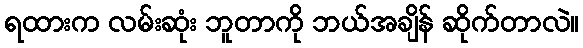
ရထားက လမ်းဆုံး ဘူတာကို ဘယ်အချိန် ဆိုက်တာလဲ။